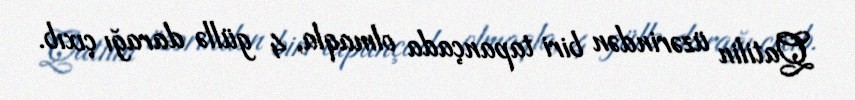
Qatilin üzərindən biri tapançada olmaqla, 4 güllə darağı çıxıb.